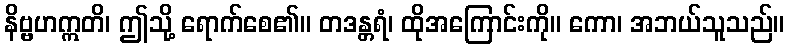
နိဗ္ဗဟဣတိ၊ ဤသို့ ရောက်စေ၏။ တဒန္တရံ၊ ထိုအကြောင်းကို။ ကော၊ အဘယ်သူသည်။